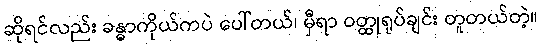
ဆိုရင်လည်း ခန္ဓာကိုယ်ကပဲ ပေါ်တယ်၊ မှီရာ ဝတ္ထုရုပ်ချင်း တူတယ်တဲ့။